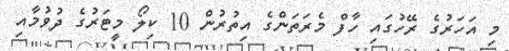
މި އަހަރުގެ ރޭހުގައި ހާފް މެރަތަންގެ އިތުރުން 10 ކިލޯ މީޓަރުގެ ދުވުމާއި